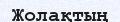
Жолақтың